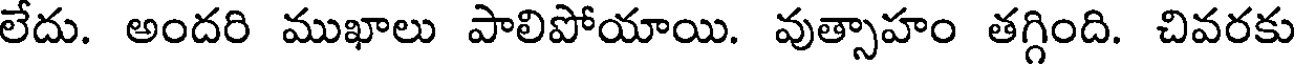
లేదు. అందరి ముఖాలు పాలిపోయాయి. వుత్సాహం తగ్గింది. చివరకు